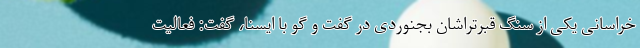
خراسانی یکی از سنگ قبرتراشان بجنوردی در گفت و گو با ایسنا، گفت: فعالیت